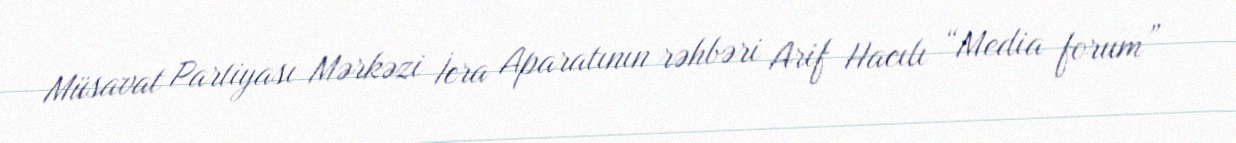
Müsavat Partiyası Mərkəzi İcra Aparatının rəhbəri Arif Hacılı “Media forum”